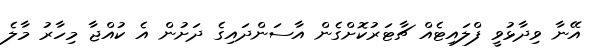
އޭނާ ވިދާޅުވީ ފްލައިޓެއް ޗާޓަރުކޮށްގެން އާސަންދައިގެ ދަށުން އެ ކުއްޖާ މިހާރު މާލެ